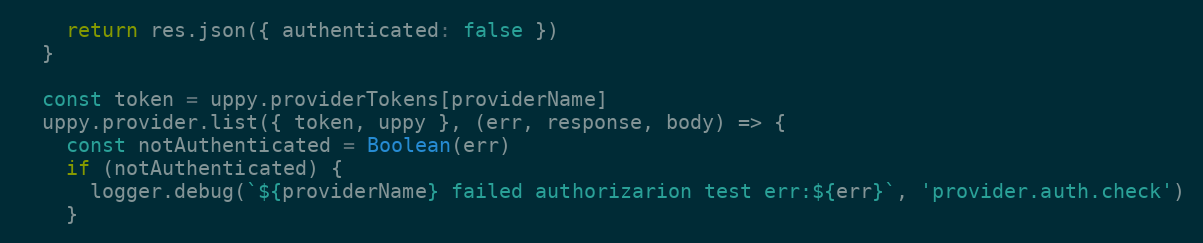
Language: JavaScript
    return res.json({ authenticated: false })
  }

  const token = uppy.providerTokens[providerName]
  uppy.provider.list({ token, uppy }, (err, response, body) => {
    const notAuthenticated = Boolean(err)
    if (notAuthenticated) {
      logger.debug(`${providerName} failed authorizarion test err:${err}`, 'provider.auth.check')
    }